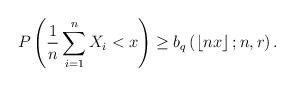
LaTeX: \begin{align*}P\left( \frac{1}{n}\sum_{i=1}^{n}X_{i}<x\right) \geq b_{q}\left(\left\lfloor nx\right\rfloor ;n,r\right) .\end{align*}